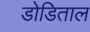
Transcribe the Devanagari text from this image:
डोडिताल